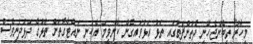
މިހާރު ތިބެންޖެހޭނީ ދެތުންފަތުގައި ތަޅު އަޅުވައިގެން ކާންވީމަ އެކަނި ނައްޓާގޮތަށް ތަޅުގެ ދަޅުދަނިވެސް